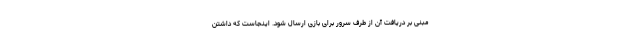
مبنی بر دریافت آن از طرف سرور برای بازی ارسال شود. اینجاست که داشتن